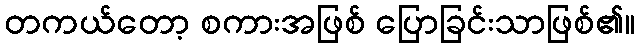
တကယ်တော့ စကားအဖြစ် ပြောခြင်းသာဖြစ်၏။